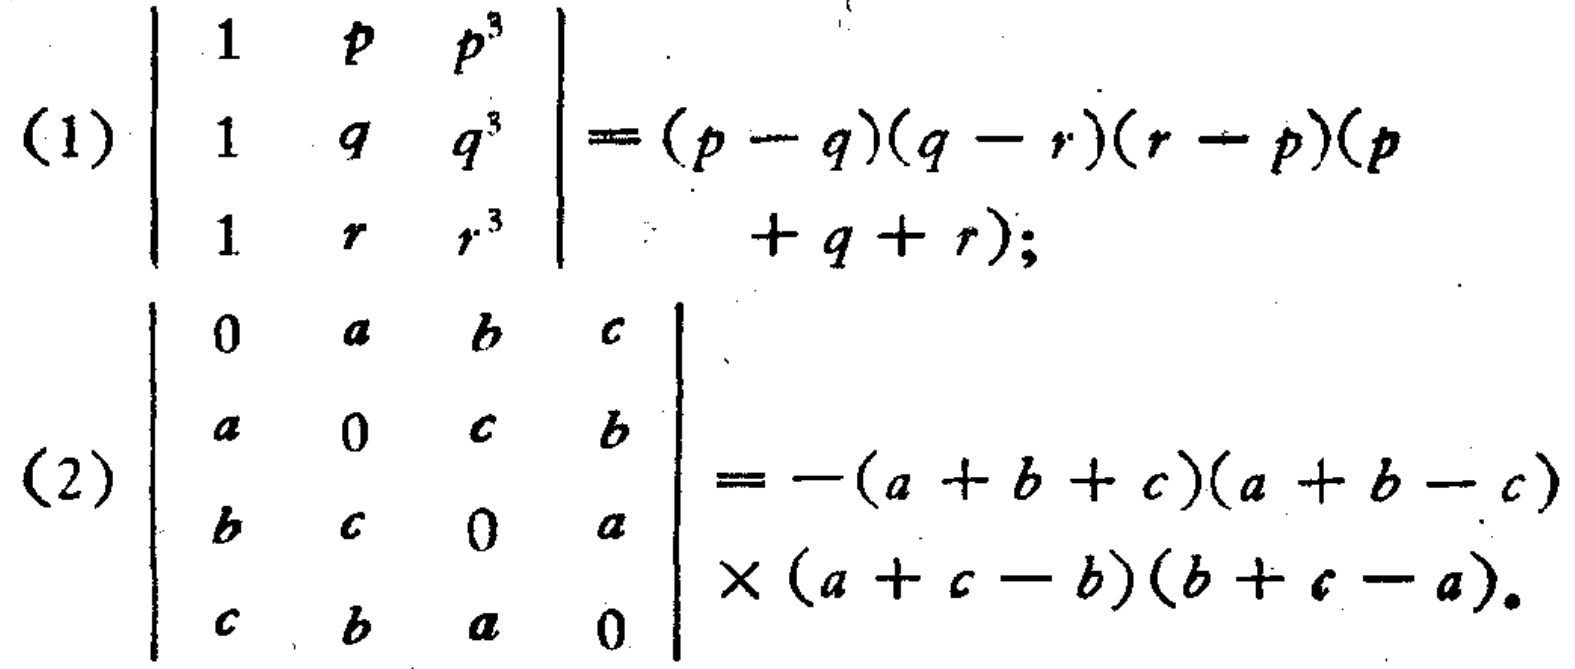
(1) \(\begin{vmatrix}
1 & p & p^{3}\\
1 & q & q^{3}\\
1 & r & r^{3}
\end{vmatrix}=(p - q)(q - r)(r - p)(p + q + r)\);
(2) \(\begin{vmatrix}
0 & a & b & c\\
a & 0 & c & b\\
b & c & 0 & a\\
c & b & a & 0
\end{vmatrix}=-(a + b + c)(a + b - c)\times(a + c - b)(b + c - a)\)